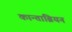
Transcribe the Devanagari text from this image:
कान्ताब्रियन